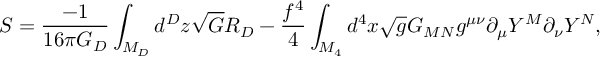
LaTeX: S = \frac { - 1 } { 1 6 \pi G _ { D } } \int _ { M _ { D } } d ^ { D } z \sqrt { G } R _ { D } - \frac { f ^ { 4 } } { 4 } \int _ { M _ { 4 } } d ^ { 4 } x \sqrt { g } G _ { M N } g ^ { \mu \nu } \partial _ { \mu } Y ^ { M } \partial _ { \nu } Y ^ { N } ,